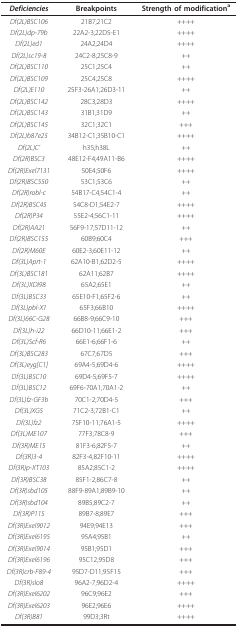
<table><thead><tr><td><b><i>Deficiencies</i></b></td><td><b>Breakpoints</b></td><td><b>Strength of modification<sup>a</sup></b></td></tr></thead><tbody><tr><td><i>Df(2L)BSC106</i></td><td>21B7;21C2</td><td>++++</td></tr><tr><td><i>Df(2L)dp-79b</i></td><td>22A2-3;22D5-E1</td><td>++++</td></tr><tr><td><i>Df(2L)ed1</i></td><td>24A2;24D4</td><td>++++</td></tr><tr><td><i>Df(2L)sc19-8</i></td><td>24C2-8;25C8-9</td><td>++</td></tr><tr><td><i>Df(2L)BSC110</i></td><td>25C1;25C4</td><td>++</td></tr><tr><td><i>Df(2L)BSC109</i></td><td>25C4;25C8</td><td>++++</td></tr><tr><td><i>Df(2L)E110</i></td><td>25F3-26A1;26D3-11</td><td>++</td></tr><tr><td><i>Df(2L)BSC142</i></td><td>28C3;28D3</td><td>++++</td></tr><tr><td><i>Df(2L)BSC143</i></td><td>31B1;31D9</td><td>++</td></tr><tr><td><i>Df(2L)BSC145</i></td><td>32C1;32C1</td><td>+++</td></tr><tr><td><i>Df(2L)b87e25</i></td><td>34B12-C1;35B10-C1</td><td>++++</td></tr><tr><td><i>Df(2L)C&#x27;</i></td><td>h35;h38L</td><td>++</td></tr><tr><td><i>Df(2R)BSC3</i></td><td>48E12-F4;49A11-B6</td><td>++++</td></tr><tr><td><i>Df(2R)Exel7131</i></td><td>50E4;50F6</td><td>++++</td></tr><tr><td><i>Df(2R)BSC550</i></td><td>53C1;53C6</td><td>++</td></tr><tr><td><i>Df(2R)robl-c</i></td><td>54B17-C4;54C1-4</td><td>++</td></tr><tr><td><i>Df(2R)BSC45</i></td><td>54C8-D1;54E2-7</td><td>++++</td></tr><tr><td><i>Df(2R)P34</i></td><td>55E2-4;56C1-11</td><td>++++</td></tr><tr><td><i>Df(2R)AA21</i></td><td>56F9-17;57D11-12</td><td>++</td></tr><tr><td><i>Df(2R)BSC155</i></td><td>60B9;60C4</td><td>+++</td></tr><tr><td><i>Df(2R)M60E</i></td><td>60E2-3;60E11-12</td><td>++</td></tr><tr><td><i>Df(3L)Aprt-1</i></td><td>62A10-B1;62D2-5</td><td>++++</td></tr><tr><td><i>Df(3L)BSC181</i></td><td>62A11;62B7</td><td>++++</td></tr><tr><td><i>Df(3L)XDI98</i></td><td>65A2;65E1</td><td>++</td></tr><tr><td><i>Df(3L)BSC33</i></td><td>65E10-F1;65F2-6</td><td>++</td></tr><tr><td><i>Df(3L)pbl-X1</i></td><td>65F3;66B10</td><td>++++</td></tr><tr><td><i>Df(3L)66C-G28</i></td><td>66B8-9;66C9-10</td><td>+++</td></tr><tr><td><i>Df(3L)h-i22</i></td><td>66D10-11;66E1-2</td><td>+++</td></tr><tr><td><i>Df(3L)Scf-R6</i></td><td>66E1-6;66F1-6</td><td>++</td></tr><tr><td><i>Df(3L)BSC283</i></td><td>67C7;67D5</td><td>+++</td></tr><tr><td><i>Df(3L)eyg[C1]</i></td><td>69A4-5;69D4-6</td><td>++++</td></tr><tr><td><i>Df(3L)BSC10</i></td><td>69D4-5;69F5-7</td><td>++++</td></tr><tr><td><i>Df(3L)BSC12</i></td><td>69F6-70A1;70A1-2</td><td>++</td></tr><tr><td><i>Df(3L)fz-GF3b</i></td><td>70C1-2;70D4-5</td><td>+++</td></tr><tr><td><i>Df(3L)XG5</i></td><td>71C2-3;72B1-C1</td><td>++</td></tr><tr><td><i>Df(3L)fz2</i></td><td>75F10-11;76A1-5</td><td>++++</td></tr><tr><td><i>Df(3L)ME107</i></td><td>77F3;78C8-9</td><td>+++</td></tr><tr><td><i>Df(3R)ME15</i></td><td>81F3-6;82F5-7</td><td>++</td></tr><tr><td><i>Df(3R)3-4</i></td><td>82F3-4;82F10-11</td><td>++++</td></tr><tr><td><i>Df(3R)p-XT103</i></td><td>85A2;85C1-2</td><td>++++</td></tr><tr><td><i>Df(3R)BSC38</i></td><td>85F1-2;86C7-8</td><td>++</td></tr><tr><td><i>Df(3R)sbd105</i></td><td>88F9-89A1;89B9-10</td><td>++</td></tr><tr><td><i>Df(3R)sbd104</i></td><td>89B5;89C2-7</td><td>++</td></tr><tr><td><i>Df(3R)P115</i></td><td>89B7-8;89E7</td><td>+++</td></tr><tr><td><i>Df(3R)Exel9012</i></td><td>94E9;94E13</td><td>+++</td></tr><tr><td><i>Df(3R)Exel6195</i></td><td>95A4;95B1</td><td>++</td></tr><tr><td><i>Df(3R)Exel9014</i></td><td>95B1;95D1</td><td>+++</td></tr><tr><td><i>Df(3R)Exel6196</i></td><td>95C12;95D8</td><td>+++</td></tr><tr><td><i>Df(3R)crb-F89-4</i></td><td>95D7-D11;95F15</td><td>+++</td></tr><tr><td><i>Df(3R)slo8</i></td><td>96A2-7;96D2-4</td><td>++++</td></tr><tr><td><i>Df(3R)Exel6202</i></td><td>96C9;96E2</td><td>+++</td></tr><tr><td><i>Df(3R)Exel6203</i></td><td>96E2;96E6</td><td>++++</td></tr><tr><td><i>Df(3R)B81</i></td><td>99D3;3Rt</td><td>++++</td></tr></tbody></table>